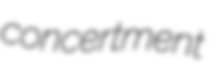
concertment